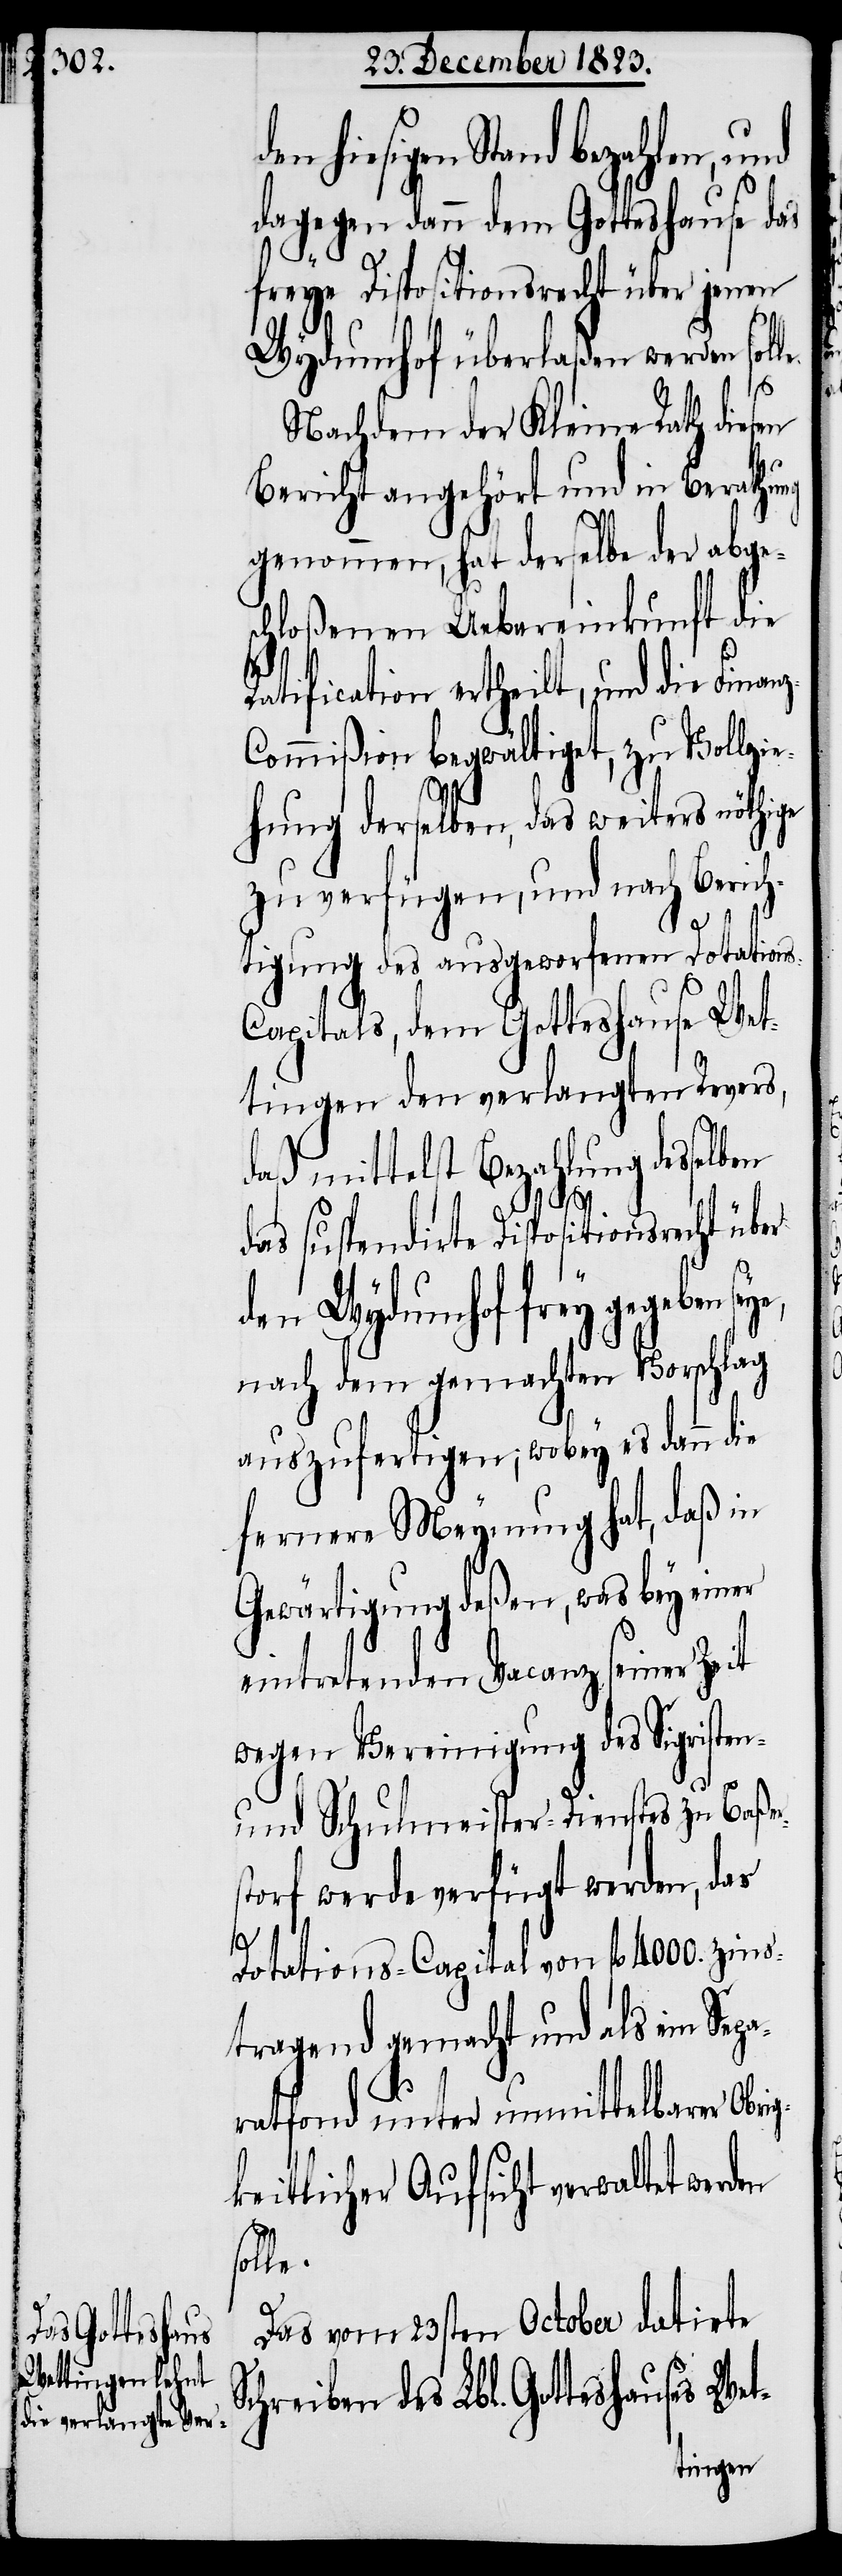
hiesigen Stand bezahlen, und
dagegen dann dem Gotteshause das
freye Dispositionsrecht über jenen
Wydumhof überlaßen werden sol¬
Nachdem der Kleine Rath diesen
Bericht angehört und in Berathung
genommen, hat derselbe der abges¬
chloßenen Uebereinkunft die
Ratification ertheilt, und die Fina¬
ommißion begwältiget, zu Vollzie¬
Sc¬
hung derselben, das weiters nöthige
zu verfügen, und nach Berich¬
tigung des ausgeworfenen Dotation¬
s-Capitals, dem Gotteshause Wet¬
tingen den verlangten Revers,
daß mittelst Bezahlung desselben
nz-C¬
das suspendirte Dispositionsrecht über
den Wydumhof frey gegeben
nach dem gemachten Vorschlag
auszufertigen; wobey es dann die
fernere Meynung hat, daß in
Gewärtigung deßen, was bey einer
eintretenden Vacanz seiner Zeit
wegen Vereinigung des Sigristen-
und Schulmeister-Dienstes zu Baßer¬
storf werde verfügt werden, das
Dotations-Capital von fl 4000. zin¬
stragend gemacht und als ein Sep¬
aratfond unter unmittelbarer Obri¬
gkeitlicher Aufsicht verwaltet werden
le.
Das vom 23sten October datirte
hreiben des Lbl. Gotteshauses